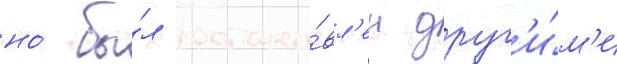
но́ бы́л остано́вл'ен друг'и́м'и